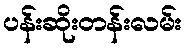
ပန်းဆိုးတန်းလမ်း